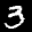
Label: 3